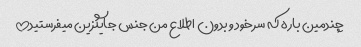
چندمین باره که سرخود و بدون اطلاع من جنس جایگزین میفرستید!!